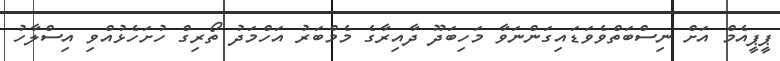
ޕީޕީއެމް އަށް ނިސްބަތްވެވަޑައިގަންނަވާ މަހިބަދޫ ދާއިރާގެ މެމްބަރު އަހްމަދު ތޯރިގް ހުށަހެޅުއްވި އިސްލާހު